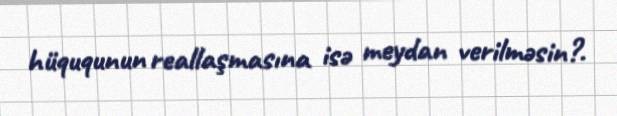
hüququnun reallaşmasına isə meydan verilməsin?.